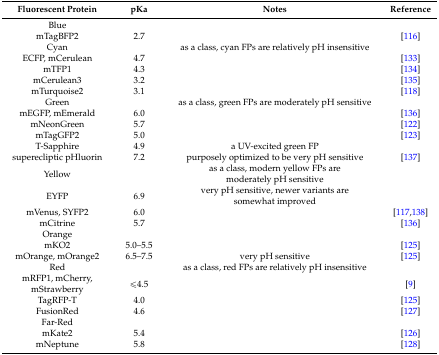
<table><thead><tr><td><b>Fluorescent Protein</b></td><td><b>pKa</b></td><td><b>Notes</b></td><td><b>Reference</b></td></tr></thead><tbody><tr><td>Blue</td><td></td><td></td><td></td></tr><tr><td> mTagBFP2</td><td>2.7</td><td></td><td>[116]</td></tr><tr><td>Cyan</td><td></td><td>as a class, cyan FPs are relatively pH insensitive</td><td></td></tr><tr><td> ECFP, mCerulean</td><td>4.7</td><td></td><td>[133]</td></tr><tr><td> mTFP1</td><td>4.3</td><td></td><td>[134]</td></tr><tr><td> mCerulean3</td><td>3.2</td><td></td><td>[135]</td></tr><tr><td> mTurquoise2</td><td>3.1</td><td></td><td>[118]</td></tr><tr><td>Green</td><td></td><td>as a class, green FPs are moderately pH sensitive</td><td></td></tr><tr><td> mEGFP, mEmerald</td><td>6.0</td><td></td><td>[136]</td></tr><tr><td>mNeonGreen</td><td>5.7</td><td></td><td>[122]</td></tr><tr><td> mTagGFP2</td><td>5.0</td><td></td><td>[123]</td></tr><tr><td> T-Sapphire</td><td>4.9</td><td>a UV-excited green FP</td><td></td></tr><tr><td> superecliptic pHluorin</td><td>7.2</td><td>purposely optimized to be very pH sensitive</td><td>[137]</td></tr><tr><td>Yellow</td><td></td><td>as a class, modern yellow FPs are moderately pH sensitive</td><td></td></tr><tr><td> EYFP</td><td>6.9</td><td>very pH sensitive, newer variants are somewhat improved</td><td></td></tr><tr><td> mVenus, SYFP2</td><td>6.0</td><td></td><td>[117,138]</td></tr><tr><td> mCitrine</td><td>5.7</td><td></td><td>[136]</td></tr><tr><td>Orange</td><td></td><td></td><td></td></tr><tr><td> mKO2</td><td>5.0–5.5</td><td></td><td>[125]</td></tr><tr><td> mOrange, mOrange2</td><td>6.5–7.5</td><td>very pH sensitive</td><td>[125]</td></tr><tr><td>Red</td><td></td><td>as a class, red FPs are relatively pH insensitive</td><td></td></tr><tr><td> mRFP1, mCherry, mStrawberry</td><td>≤4.5</td><td></td><td>[9]</td></tr><tr><td> TagRFP-T</td><td>4.0</td><td></td><td>[125]</td></tr><tr><td> FusionRed</td><td>4.6</td><td></td><td>[127]</td></tr><tr><td>Far-Red</td><td></td><td></td><td></td></tr><tr><td> mKate2</td><td>5.4</td><td></td><td>[126]</td></tr><tr><td> mNeptune</td><td>5.8</td><td></td><td>[128]</td></tr></tbody></table>